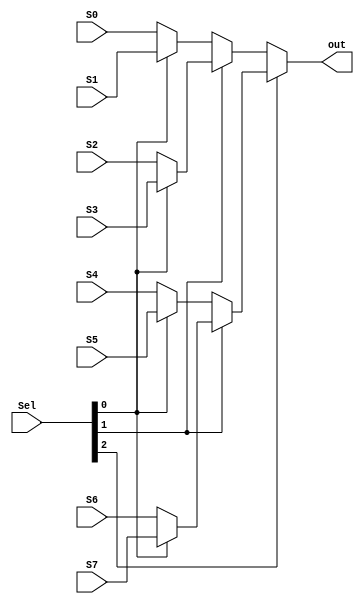
module MUX8_1(Sel,S0,S1,S2,S3,S4,S5,S6,S7,out);

input [2:0] Sel;
input [7:0] S0,S1,S2,S3,S4,S5,S6,S7;
output [7:0]out;

assign out = (Sel[2])? (Sel[1]?(Sel[0]?S7:S6) : (Sel[0]?S5:S4))  :  (Sel[1]?(Sel[0]?S3:S2) : (Sel[0]?S1:S0));

endmodule

module MUX4_1(Sel,S0,S1,S2,S3,out);

input [1:0] Sel;
input [7:0] S0,S1,S2,S3;
output [7:0]out;

assign out = (Sel[1]?(Sel[0]?S3:S2) : (Sel[0]?S1:S0));

endmodule

module Memory_ShiftOutput(
input [31:0] Mem_data_out,
input [1:0] Mem_addr_in,
input [31:26] IR,
output [31:0] Mem_data_shift
);

wire [2:0] MEM_data_shift_ctr;
wire [31:0]Mem_d_l,Mem_d_r;

assign MEM_data_shift_ctr[2] = (IR[31])&(!IR[30])&(!IR[29])&(((!IR[28])&(IR[27])) | ((IR[27])&(!IR[26])) );
assign MEM_data_shift_ctr[1] = (IR[31])&(!IR[30])&(!IR[29])&(((!IR[27])&(IR[26])) | ((IR[28])&(IR[27])&(!IR[26])));
assign MEM_data_shift_ctr[0] = (IR[31])&(!IR[30])&(!IR[29])&(((IR[28])&(!IR[27])) | ((!IR[28])&(IR[27])&(!IR[26])));

MUX4_1 mux4_1_10(Mem_addr_in[1:0],Mem_data_out[31:24],Mem_data_out[23:16],Mem_data_out[15:8],Mem_data_out[7:0],Mem_d_l[31:24]);
MUX4_1 mux4_1_11(Mem_addr_in[1:0],Mem_data_out[23:16],Mem_data_out[15:8],Mem_data_out[7:0],8'b0,Mem_d_l[23:16]);
MUX4_1 mux4_1_12(Mem_addr_in[1:0],Mem_data_out[15:8],Mem_data_out[7:0],8'b0,8'b0,Mem_d_l[15:8]);
MUX4_1 mux4_1_13(Mem_addr_in[1:0],Mem_data_out[7:0],8'b0,8'b0,8'b0,Mem_d_l[7:0]);
MUX4_1 mux4_1_14(Mem_addr_in[1:0],8'b0,8'b0,8'b0,Mem_data_out[31:24],Mem_d_r[31:24]);
MUX4_1 mux4_1_15(Mem_addr_in[1:0],8'b0,8'b0,Mem_data_out[31:24],Mem_data_out[23:16],Mem_d_r[23:16]);
MUX4_1 mux4_1_16(Mem_addr_in[1:0],8'b0,Mem_data_out[31:24],Mem_data_out[23:16],Mem_data_out[15:8],Mem_d_r[15:8]);
MUX4_1 mux4_1_17(Mem_addr_in[1:0],Mem_data_out[31:24],Mem_data_out[23:16],Mem_data_out[15:8],Mem_data_out[7:0],Mem_d_r[7:0]);

MUX8_1 mux8_1_10(MEM_data_shift_ctr[2:0],{8{Mem_d_l[31]}},8'b0,{8{Mem_d_l[31]}},8'b0,Mem_d_l[31:24],Mem_d_l[31:24],Mem_d_r[31:24],8'b0,Mem_data_shift[31:24]);
MUX8_1 mux8_1_11(MEM_data_shift_ctr[2:0],{8{Mem_d_l[31]}},8'b0,{8{Mem_d_l[31]}},8'b0,Mem_d_l[23:16],Mem_d_l[23:16],Mem_d_r[23:16],8'b0,Mem_data_shift[23:16]);
MUX8_1 mux8_1_12(MEM_data_shift_ctr[2:0],{8{Mem_d_l[31]}},8'b0,Mem_d_l[31:24],Mem_d_l[31:24],Mem_d_l[15:8],Mem_d_l[15:8],Mem_d_r[15:8],8'b0,Mem_data_shift[15:8]);
MUX8_1 mux8_1_13(MEM_data_shift_ctr[2:0],Mem_d_l[31:24],Mem_d_l[31:24],Mem_d_l[23:16],Mem_d_l[23:16],Mem_d_l[7:0],Mem_d_l[7:0],Mem_d_r[7:0],8'b0,Mem_data_shift[7:0]);

endmodule